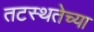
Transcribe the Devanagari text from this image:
तटस्थतेच्या